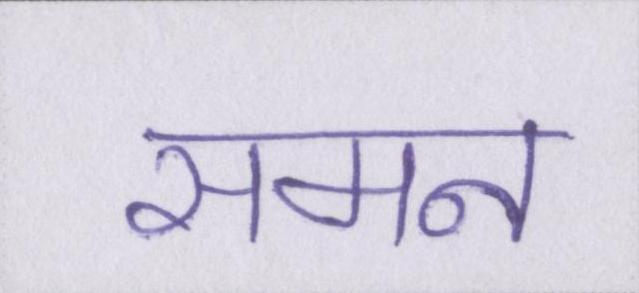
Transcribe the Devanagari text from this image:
समन